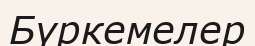
Бүркемелер